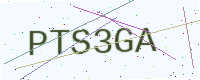
Text: PTS3GA